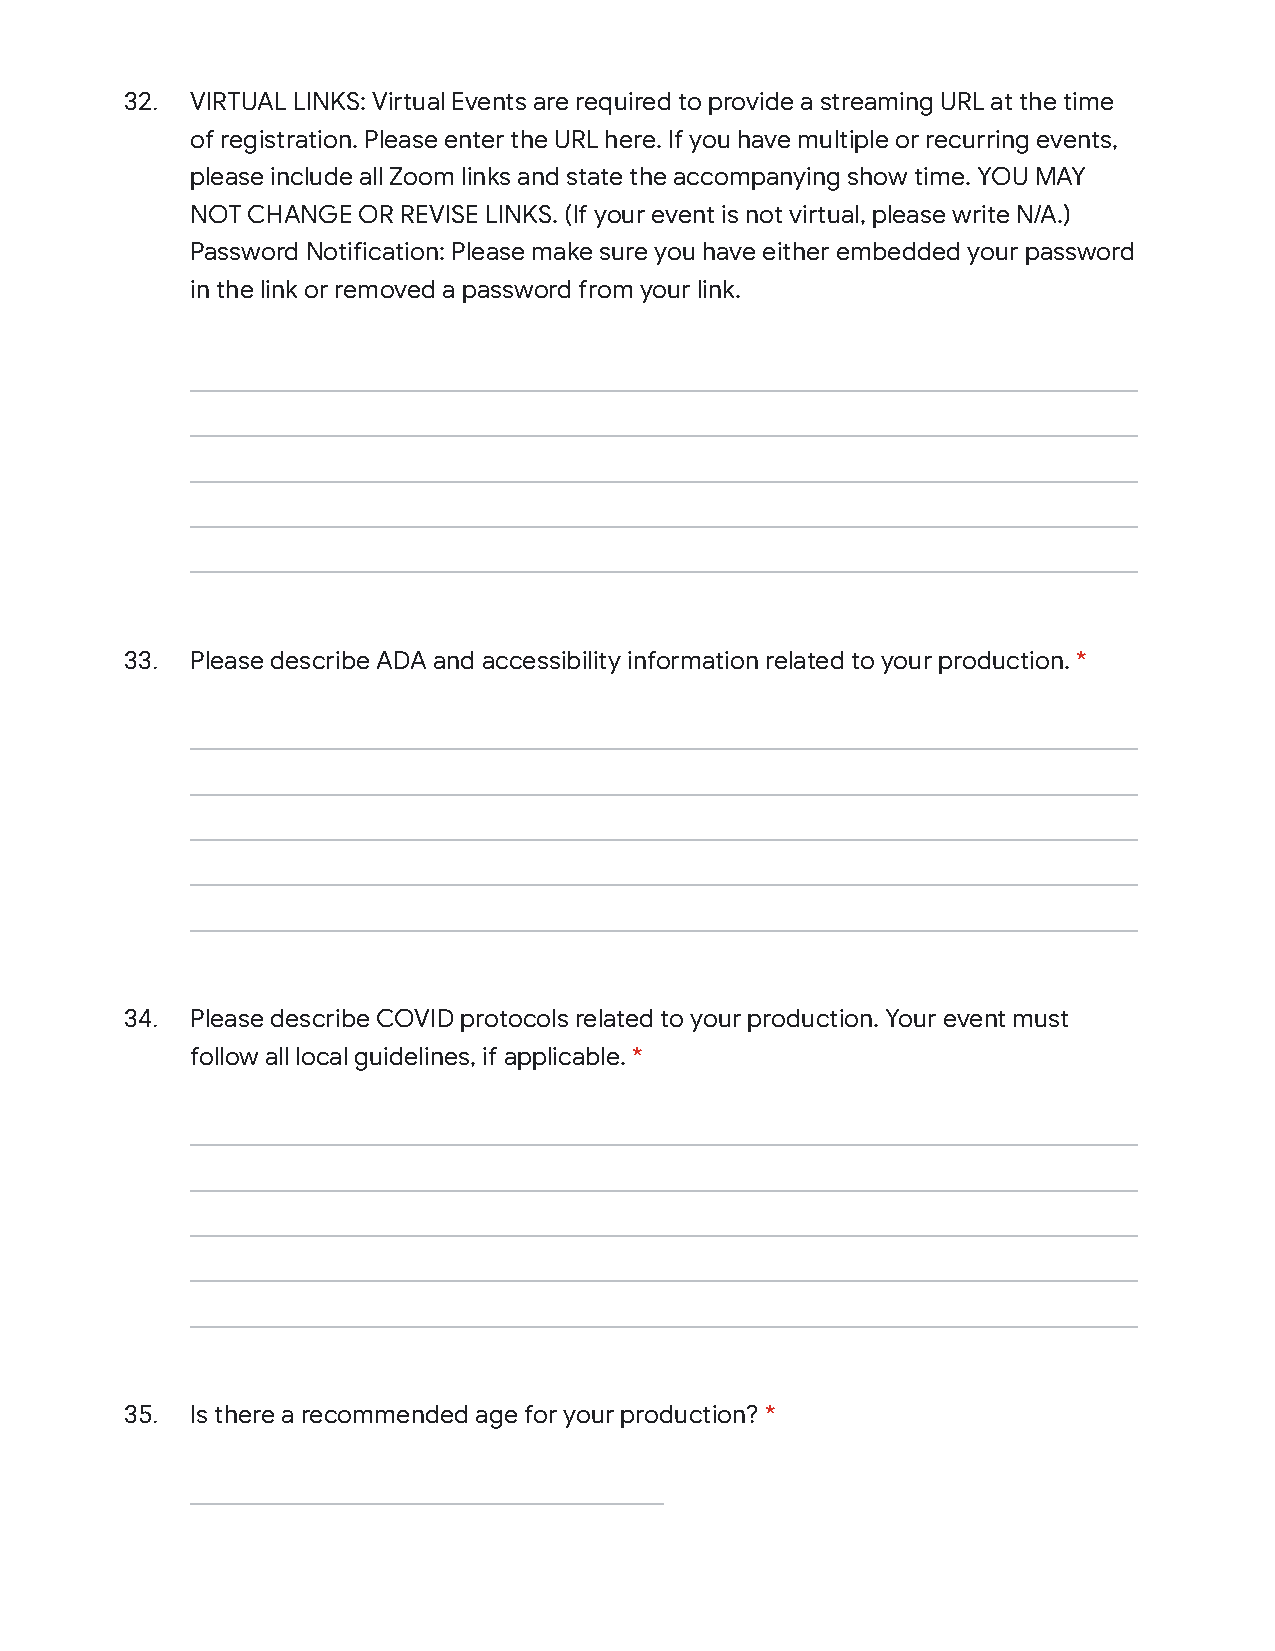
32.  VIRTUAL LINKS: Virtual Events are required to provide a streaming URL at the time
 of registration. Please enter the URL here. If you have multiple or recurring events,
 please include all Zoom links and state the accompanying show time. YOU MAY
 NOT CHANGE OR REVISE LINKS. (If your event is not virtual, please write N/A.)
 Password Notification: Please make sure you have either embedded your password
 in the link or removed a password from your link.
 33.  Please describe ADA and accessibility information related to your production. *
 34.  Please describe COVID protocols related to your production. Your event must
 follow all local guidelines, if applicable. *
 35.  Is there a recommended age for your production? *